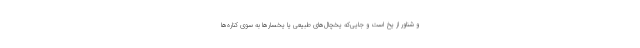
و شناور از یخ است و جایی‌که یخچال‌های طبیعی یا یخسارها به سوی کناره‌ها